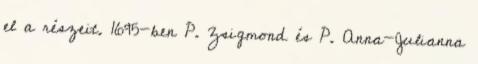
el a részeit. 1695-ben P. Zsigmond és P. Anna-Julianna